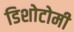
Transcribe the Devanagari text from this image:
डिशोटोमी